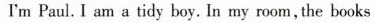
I'm Paul.I am a tidy boy. In my room, the books